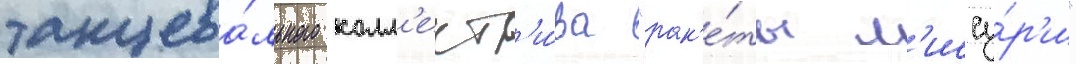
танцева́льного колл'ект'и́ва "рак'е́ты м'иссу́р'и"